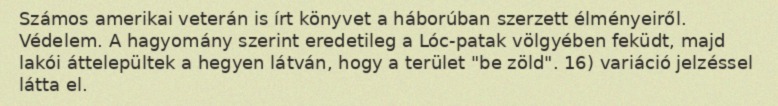
Számos amerikai veterán is írt könyvet a háborúban szerzett élményeiről. Védelem. A hagyomány szerint eredetileg a Lóc-patak völgyében feküdt, majd lakói áttelepültek a hegyen látván, hogy a terület "be zöld". 16) variáció jelzéssel látta el.